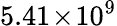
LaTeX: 5.41\! \times\! 10^{9}